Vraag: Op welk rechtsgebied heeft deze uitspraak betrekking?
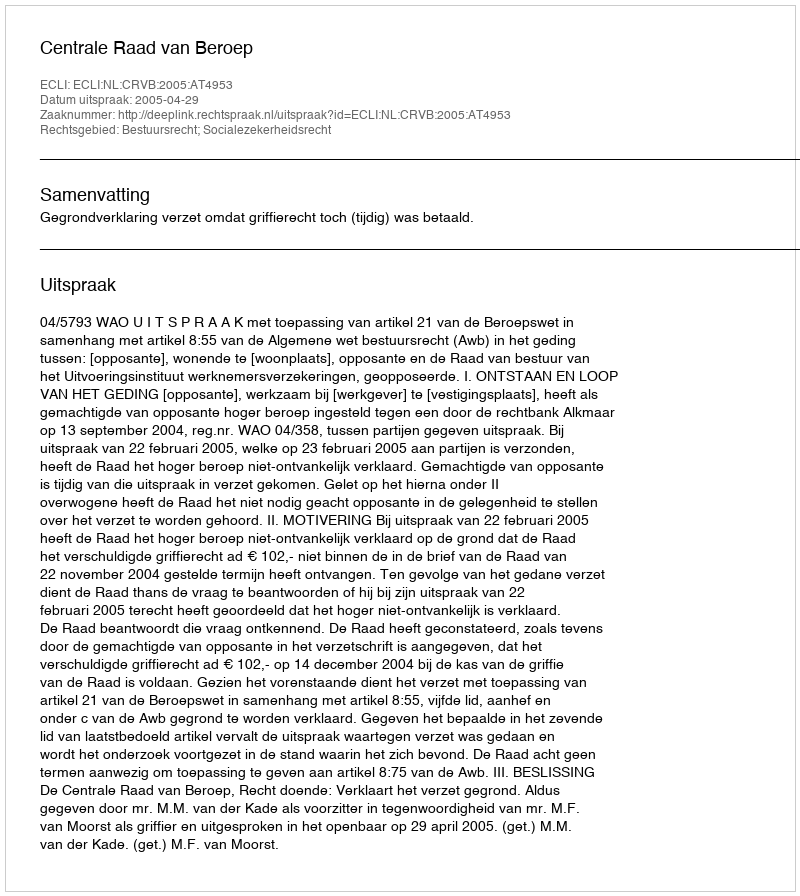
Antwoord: Bestuursrecht; Socialezekerheidsrecht